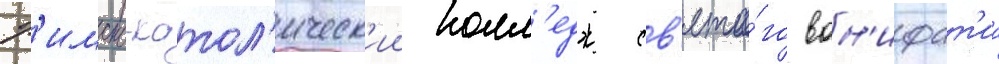
Р'имско-катол'ическ'ии колл'едж св'ято́го вон'ифат'иа